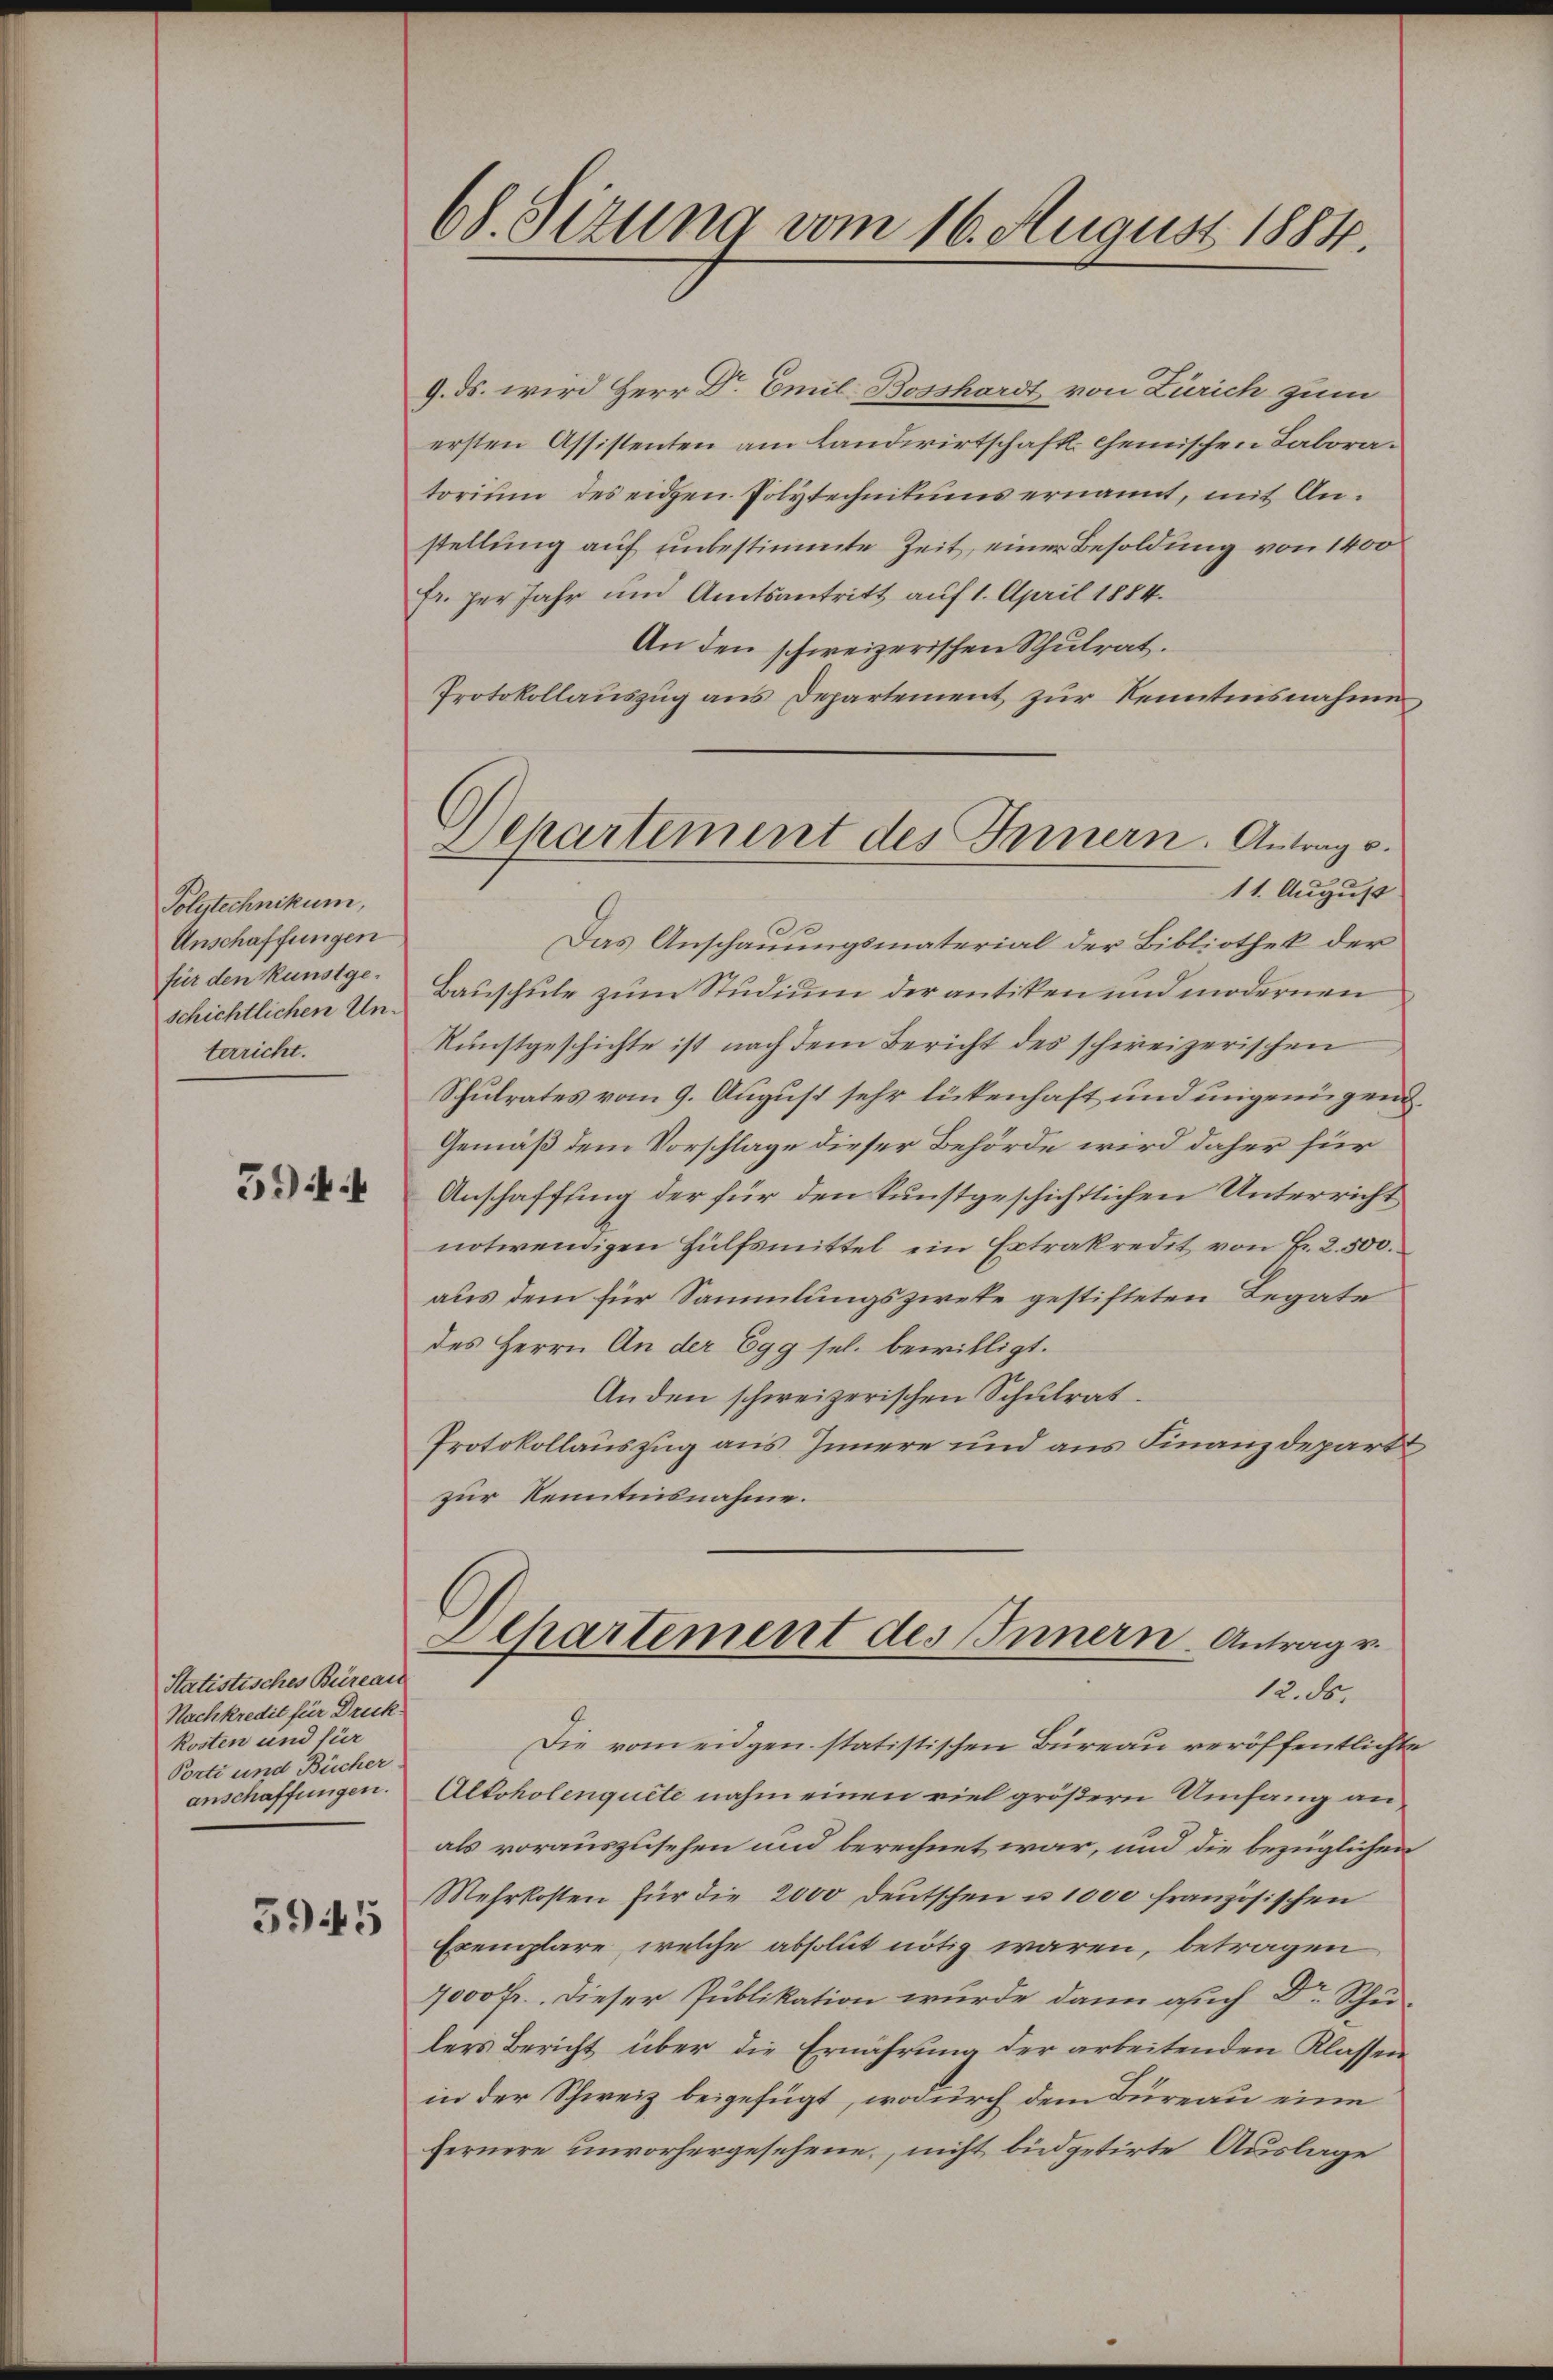
Polytechnikum,
Anschaffungen
für den Kunstgeschichtlichen Unterricht.

594.

Statistisches Büreau
Nachkredit für Druck
kosten und für
Porti und Bücher-
anschaffungen.

5945

68. Sizung vom 16. August 1884.

Departement des Innern. Antrag u.

9. ds. wird Herr Dr. Emil Bosshardt von Zürich zum
ersten Assistenten am Landwirtschaft chemischen Laboratorium des eidgen. Polytechnikums ernannt, mit Anstellung auf unbestimmte Zeit, einer Besoldung von 1400
Fr. per Jahr und Amtsantritt auf 1. April 1884.
An den schweizerischen Schulrat.
Protokollauszug aus Departement zur Kenntnisnahme
11. August
Das Anschauungsmaterial der Bibliothek der
Bauschule zum Studium der antiken und modernen
Kunstgeschichte ist nach dem Bericht des schweizerischen
Schulrates vom 9. August sehr lickenhaft und ungenügen
Gemäß dem Vorschlage dieser Behörde wird daher für
Anschaffung der für den kunstgeschichtlichen Unterricht
notwendigen Hülfsmittel ein Extrakredit von Fr. 2. 500.
aus dem für Sammlungszweke gestifteten Legate
des Herrn An der Egg sel. bewilligt.
Anden schweizerischen Schulrat.
Protokollauszug aus Innere und aus Finanzdeparti,
zur Kenntnisnahme.
Departement des Innern. Antrage.
12. ds.
Die vom eidgen. statistischen Bureau veröffentlichte
Alkoholenquete nahm einen viel größern Umfang anals vorauszusehen und berechnet war, und die bezüglichen
Mehrkosten für die 2000 deutschen u. 1000 französischen
Exemplare, welche absolut nötig waren, betragen
7000 Fr. Dieser Publikation wurde dann auch Dr. Schu-
lers Bericht über die Ernährung der arbeitenden Klassen
in der Schweiz beigefügt, wodurch dem Büreau eine
fernere unvorhergesehene, nicht büdgetirte Auslage